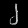
Digit: ၂